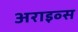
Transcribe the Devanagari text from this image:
अराइव्स